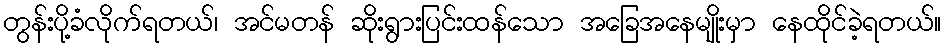
တွန်းပို့ခံလိုက်ရတယ်၊ အင်မတန် ဆိုးရွားပြင်းထန်သော အခြေအနေမျိုးမှာ နေထိုင်ခဲ့ရတယ်။